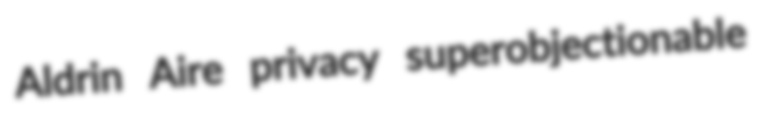
Aldrin Aire privacy superobjectionable